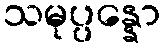
သမုပ္ပန္နော